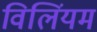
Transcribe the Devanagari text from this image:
विलिंयम